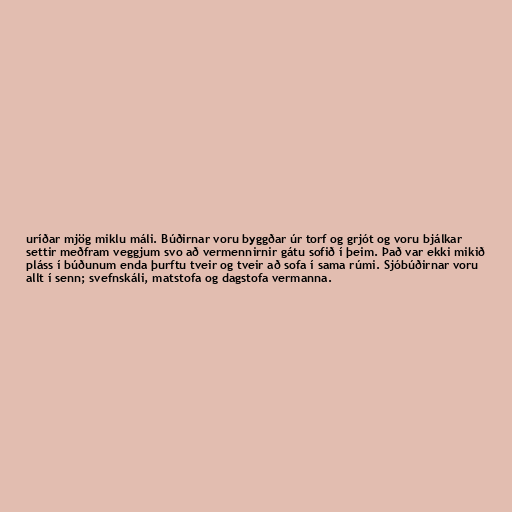
uríðar mjög miklu máli. Búðirnar voru byggðar úr torf og grjót og voru bjálkar
settir meðfram veggjum svo að vermennirnir gátu sofið í þeim. Það var ekki mikið
pláss í búðunum enda þurftu tveir og tveir að sofa í sama rúmi. Sjóbúðirnar voru
allt í senn; svefnskáli, matstofa og dagstofa vermanna.